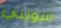
سويني